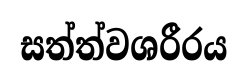
සත්ත්වශරීරය